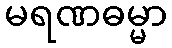
မရဏဓမ္မာ